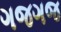
ગજગજ